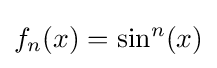
f_{n}(x)=\sin ^{n}(x)